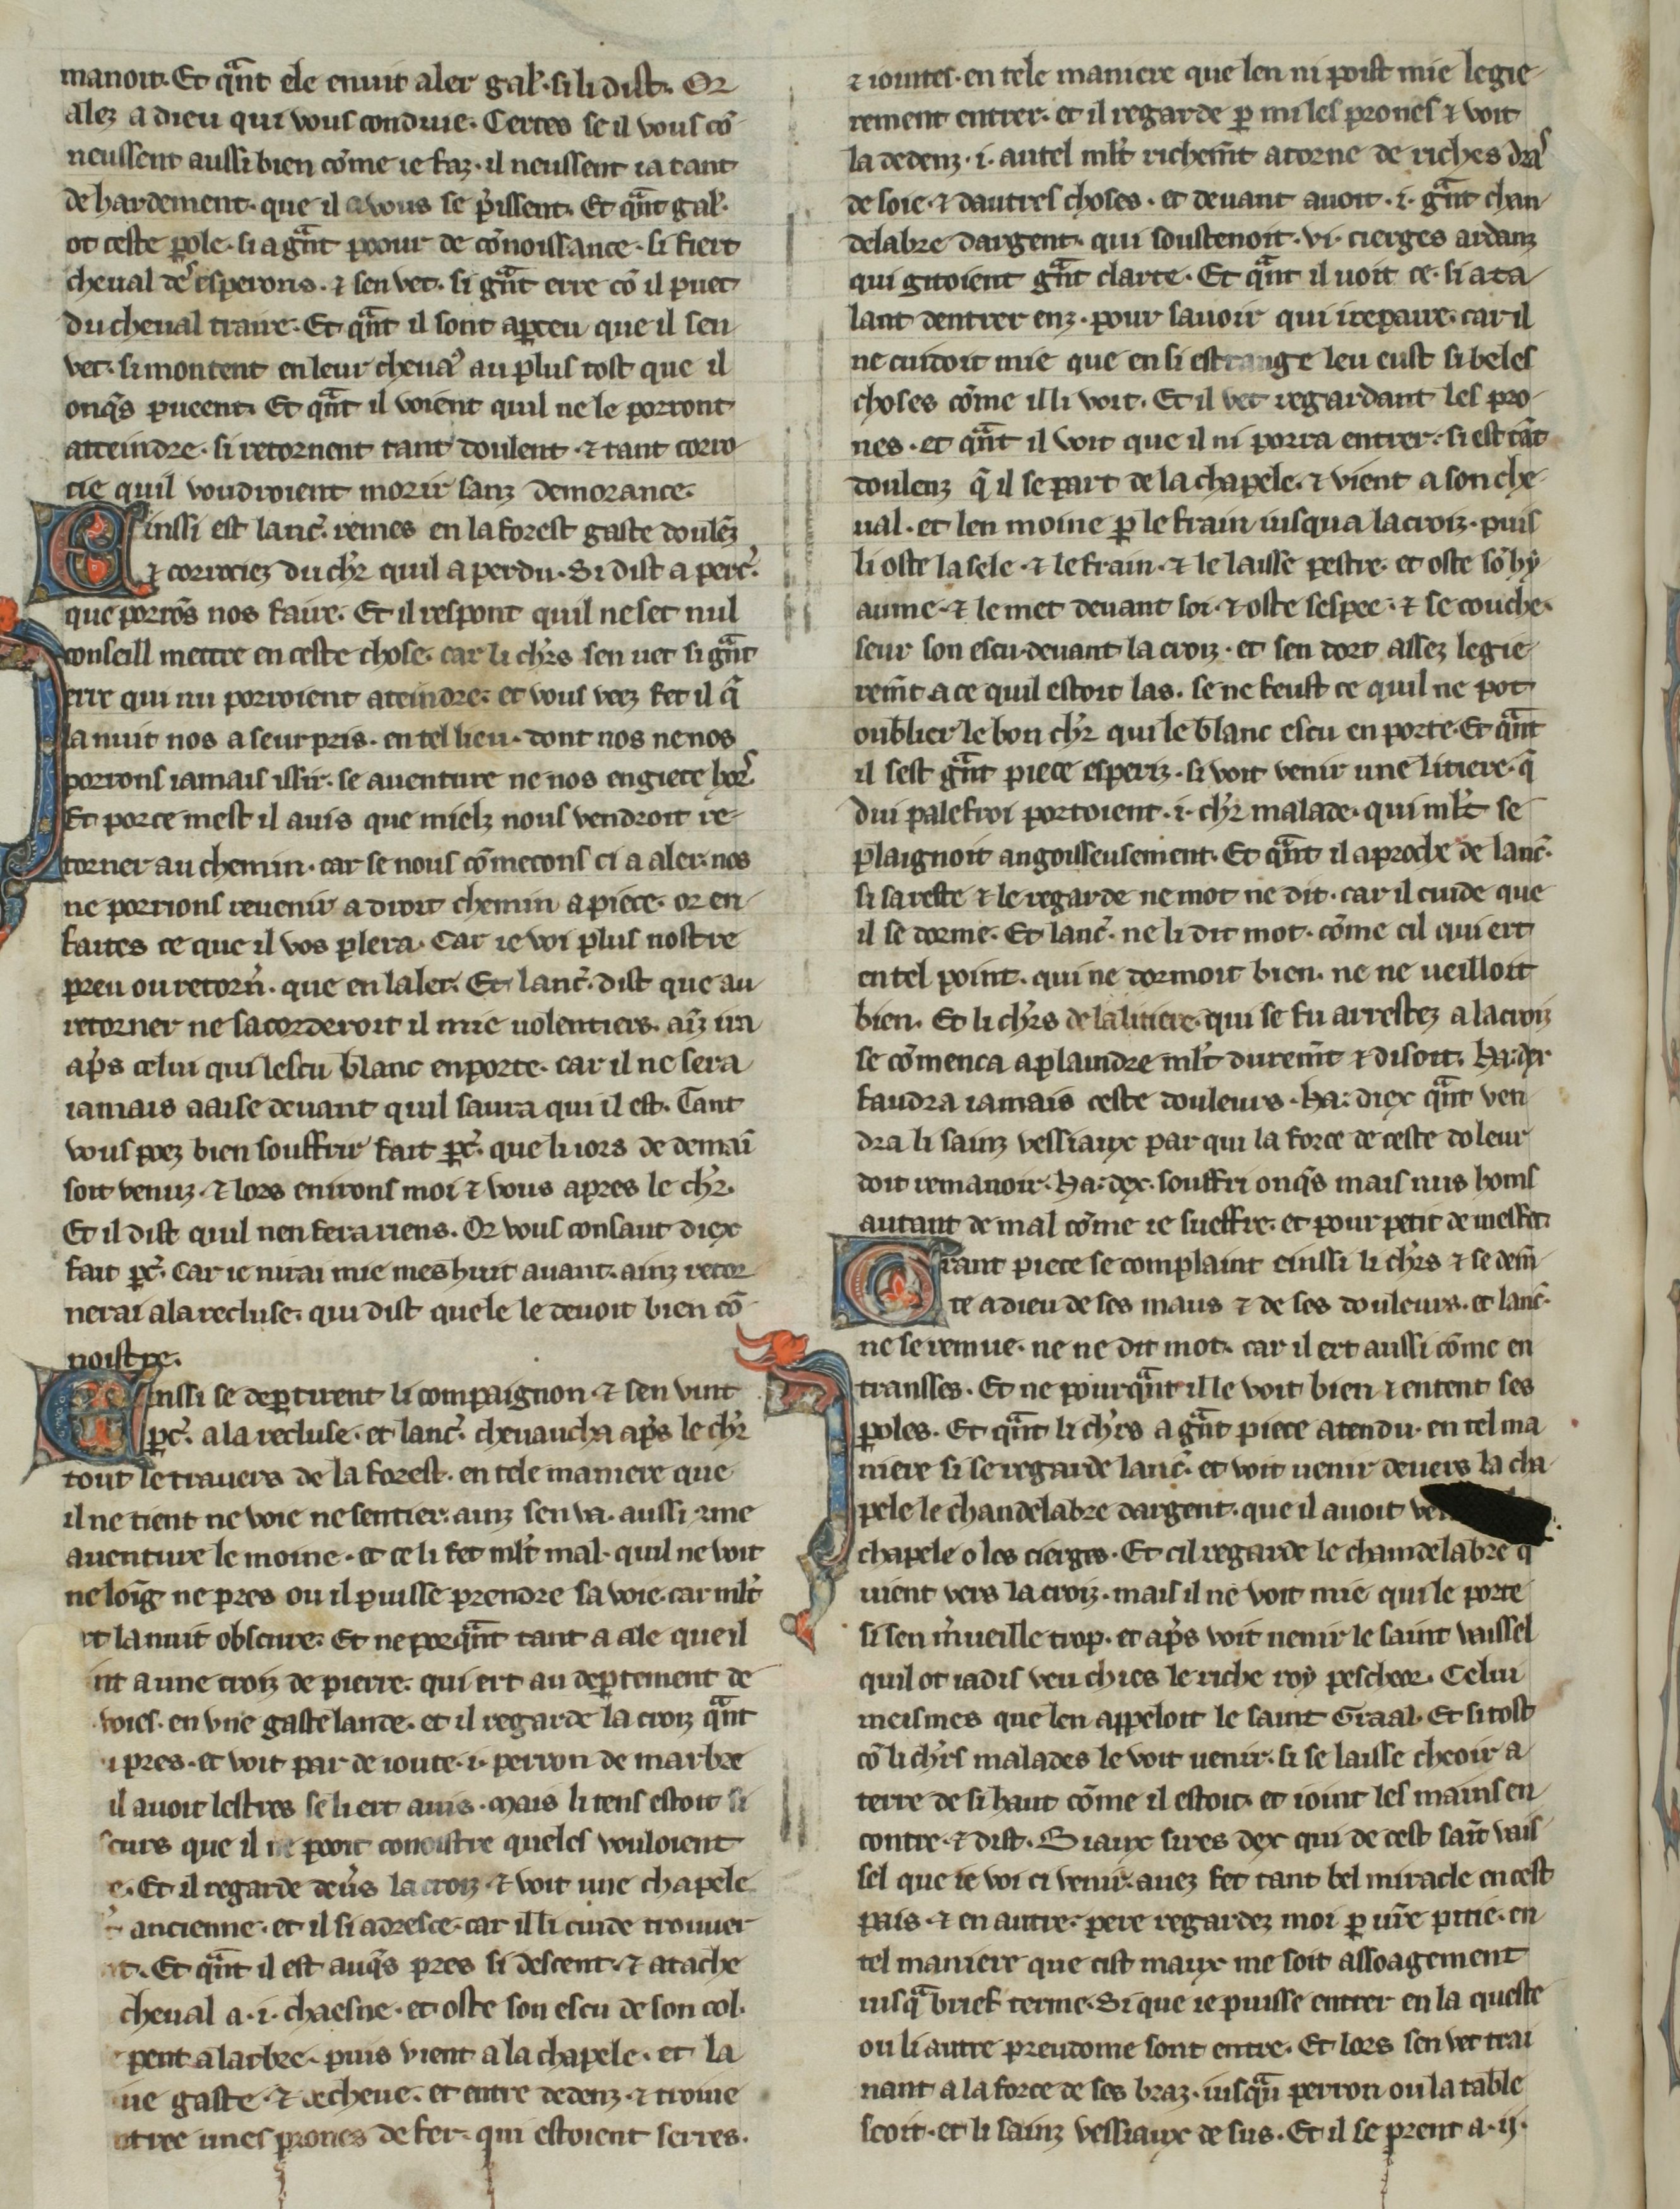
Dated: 1270–1299